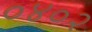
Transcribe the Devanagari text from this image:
०४०२